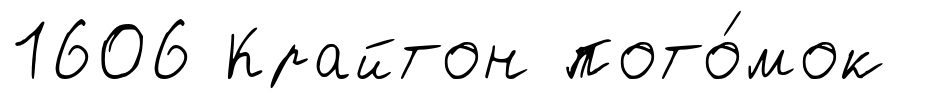
1606 Крайтон пото́мок